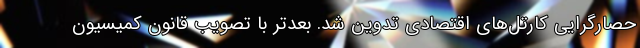
حصارگرایی کارتل‌های اقتصادی تدوین شد. بعدتر با تصویب قانون کمیسیون